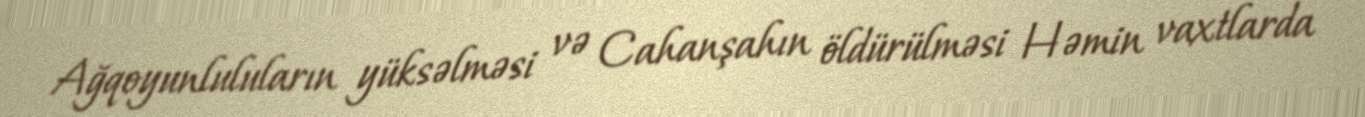
Ağqoyunluluların yüksəlməsi və Cahanşahın öldürülməsi Həmin vaxtlarda